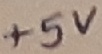
Text: +5V